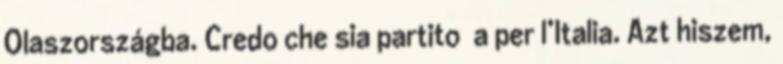
Olaszországba. Credo che sia partito a per l’Italia. Azt hiszem,